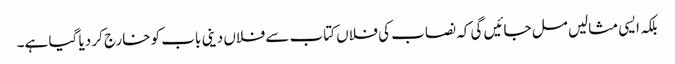
بلکہ ایسی مثالیں مل جائیں گی کہ نصاب کی فلاں کتاب سے فلاں دینی باب کو خارج کر دیا گیا ہے۔